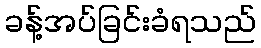
ခန့်အပ်ခြင်းခံရသည်